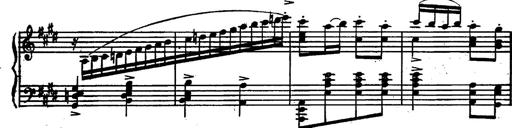
Title: Magyar rapszÃ³diÃ¡k
Composer: Franz Liszt